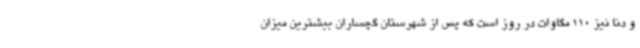
و دنا نیز 110 مگاوات در روز است که پس از شهرستان گچساران بیشترین میزان